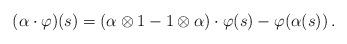
LaTeX: \begin{align*} (\alpha \cdot \varphi) (s) = (\alpha \otimes 1 - 1 \otimes \alpha) \cdot \varphi(s) - \varphi(\alpha(s))\,. \end{align*}